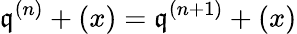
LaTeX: {\mathfrak{q}}^{(n)}+(x)={\mathfrak{q}}^{(n+1)}+(x)